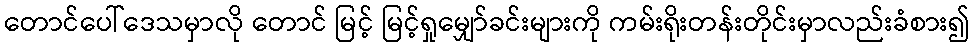
တောင်ပေါ်ဒေသမှာလို တောင် မြင့် မြင့်ရှုမျှော်ခင်းများကို ကမ်းရိုးတန်းတိုင်းမှာလည်းခံစား၍